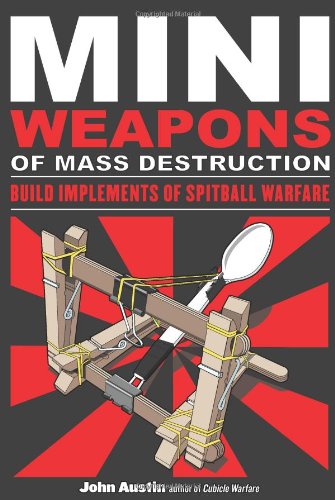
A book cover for Mini Weapons of Mass Destruction: Build Implements of Spitball Warfare; John Austin; Science & Math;